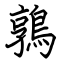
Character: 鶉